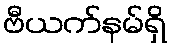
ဗီယက်နမ်ရှိ